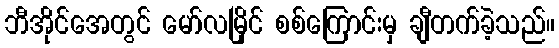
ဘီအိုင်အေတွင် မော်လမြိုင် စစ်ကြောင်းမှ ချီတက်ခဲ့သည်။